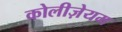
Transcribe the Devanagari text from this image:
कोलीज़ेयम